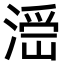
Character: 𣺧